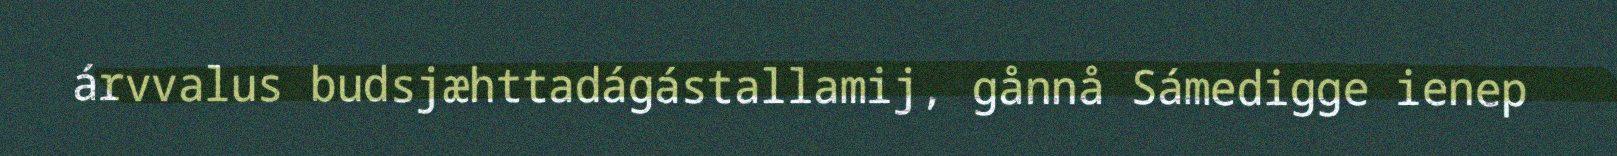
árvvalus budsjæhttadágástallamij, gånnå Sámedigge ienep